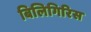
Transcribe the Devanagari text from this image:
बिलिगिरिस